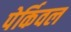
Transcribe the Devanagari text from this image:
पेर्किवल